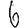
Digit: 6